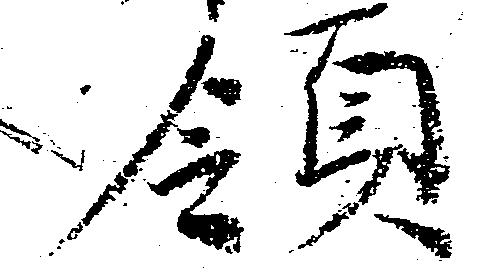
領